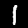
Digit: 1